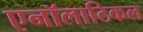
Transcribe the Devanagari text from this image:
एनॉलाटिकल